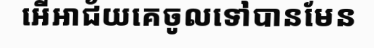
អើអាជ័យគេចូលទៅបានមែន